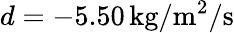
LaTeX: d=-5.50\, \mathrm{kg/m^{2}/s}